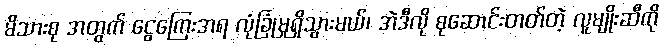
မိသားစု အတွက် ငွေကြေးအရ လုံခြုံမှုရှိသွားမယ်၊ အဲဒီလို စုဆောင်းတတ်တဲ့ လူမျိုးဆီကို